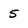
Character: 5